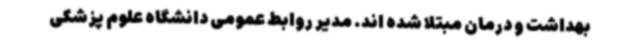
بهداشت و درمان مبتلا شده اند. مدیر روابط عمومی دانشگاه علوم پزشکی